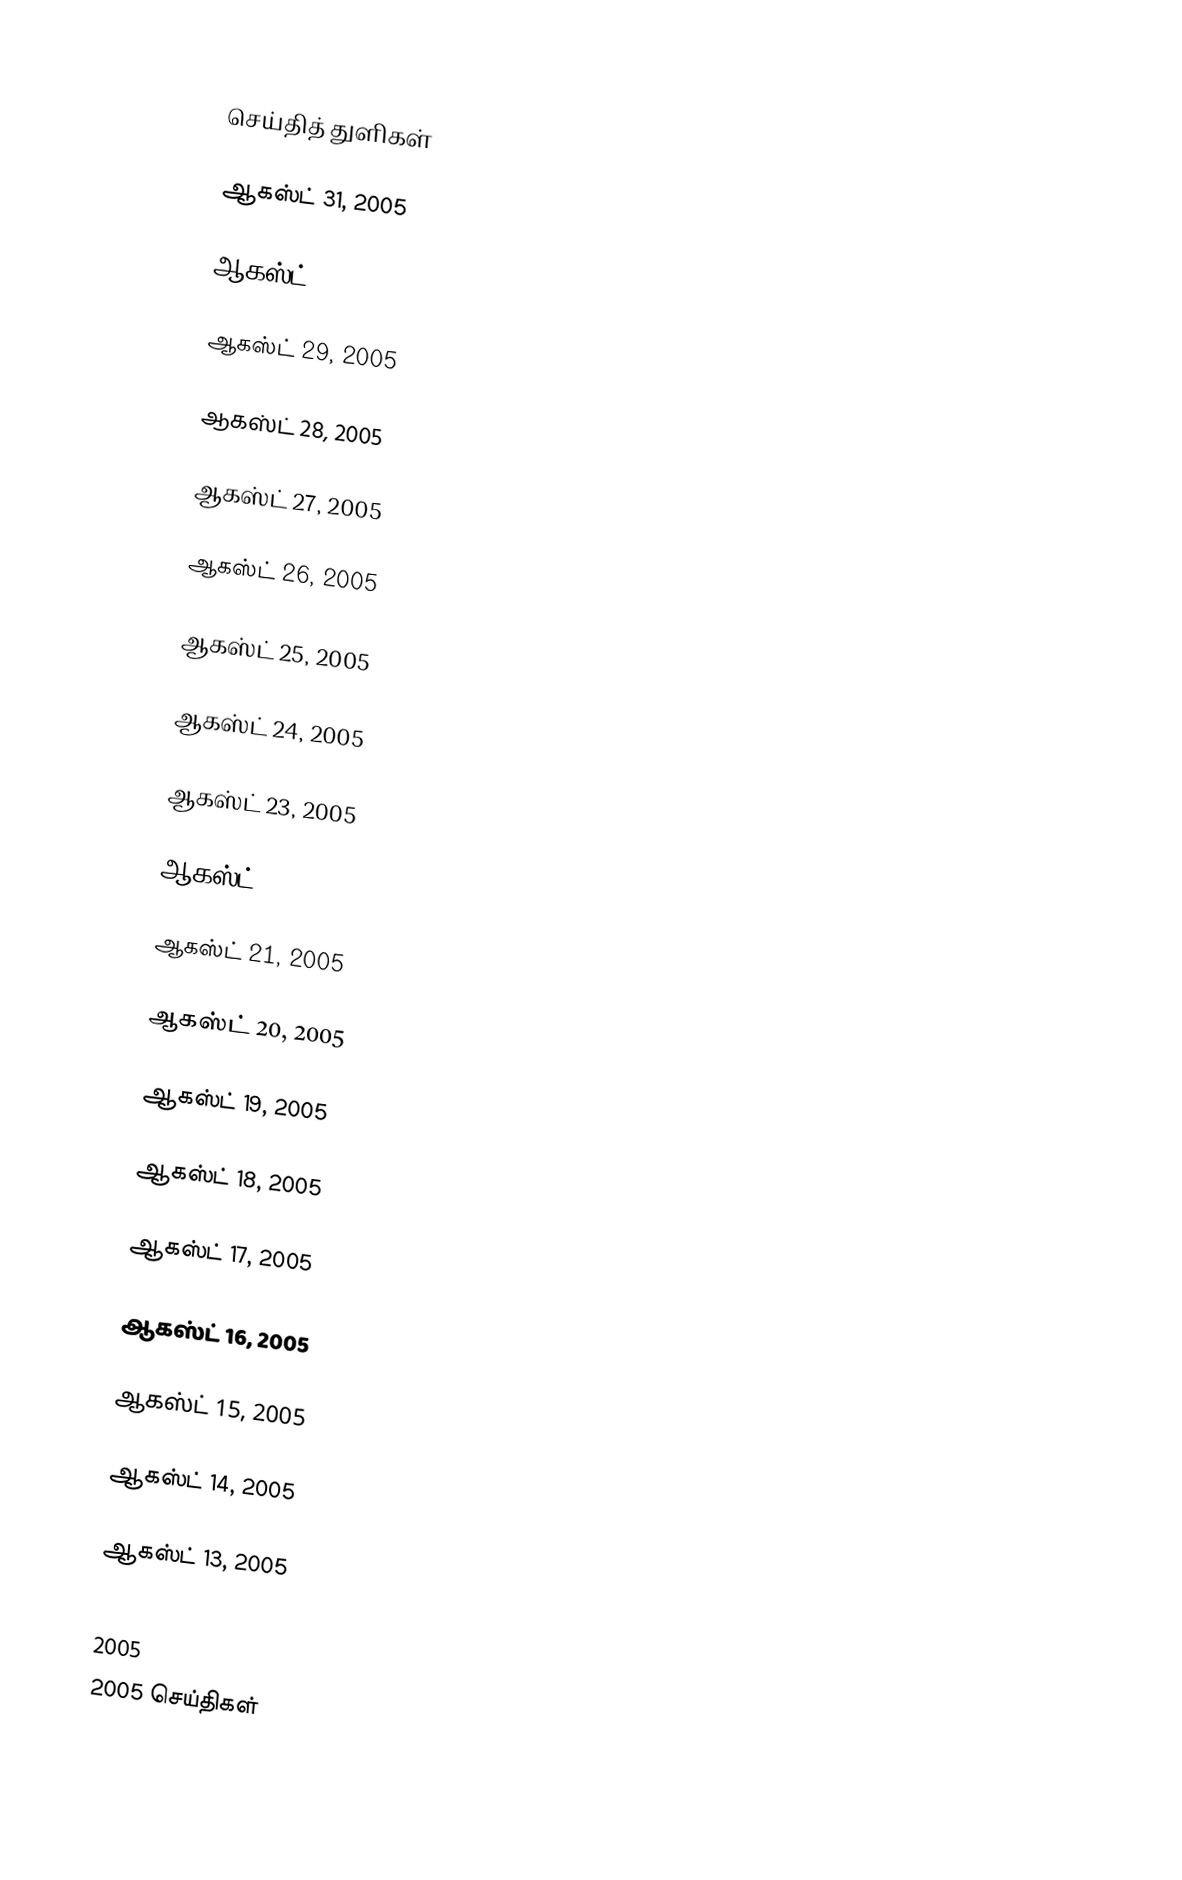

செய்தித் துளிகள்

ஆகஸ்ட் 31, 2005

ஆகஸ்ட் 30, 2005

ஆகஸ்ட் 29, 2005

ஆகஸ்ட் 28, 2005

ஆகஸ்ட் 27, 2005

ஆகஸ்ட் 26, 2005

ஆகஸ்ட் 25, 2005

ஆகஸ்ட் 24, 2005

ஆகஸ்ட் 23, 2005

ஆகஸ்ட் 22, 2005

ஆகஸ்ட் 21, 2005

ஆகஸ்ட் 20, 2005

ஆகஸ்ட் 19, 2005

ஆகஸ்ட் 18, 2005

ஆகஸ்ட் 17, 2005

ஆகஸ்ட் 16, 2005

ஆகஸ்ட் 15, 2005

ஆகஸ்ட் 14, 2005

ஆகஸ்ட் 13, 2005

2005
2005 செய்திகள்